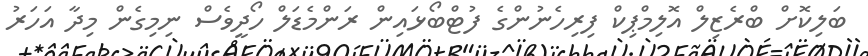
ބަލިކޮށް ބްރެޒިލް އޮލިމްޕިކް ފިރިހެނުންގެ ފުޓްބޯޅައިން ރަންމެޑަލް ހޯދީވެސް ނިމިގެން މިދާ އަހަރު